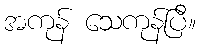
အကုန် သေကုန်ပြီ။